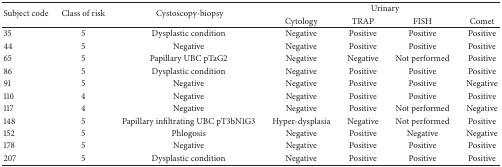
| <ROWSPAN=2> Subject code | <ROWSPAN=2> Class of risk | <ROWSPAN=2> Cystoscopy-biopsy | <COLSPAN=4> Urinary |
 | Cytology | TRAP | FISH | Comet |
 | --- | --- | --- | --- | --- | --- | --- |
 | 35 | 5 | Dysplastic condition | Negative | Positive | Positive | Positive |
 | 44 | 5 | Negative | Negative | Positive | Positive | Positive |
 | 65 | 5 | Papillary UBC pTaG2 | Negative | Negative | Not performed | Positive |
 | 86 | 5 | Dysplastic condition | Negative | Positive | Positive | Positive |
 | 91 | 5 | Negative | Negative | Positive | Positive | Negative |
 | 110 | 4 | Negative | Negative | Positive | Positive | Positive |
 | 117 | 4 | Negative | Negative | Positive | Not performed | Negative |
 | 148 | 5 | Papillary infiltrating UBC pT3bN1G3 | Hyper-dysplasia | Negative | Not performed | Positive |
 | 152 | 5 | Phlogosis | Negative | Positive | Negative | Negative |
 | 178 | 5 | Negative | Negative | Positive | Positive | Positive |
 | 207 | 5 | Dysplastic condition | Negative | Positive | Positive | Positive |